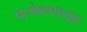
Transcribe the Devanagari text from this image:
प्रत्येकापासून